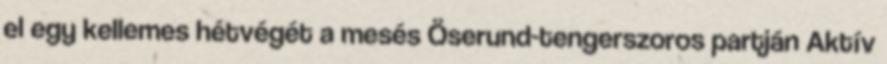
el egy kellemes hétvégét a mesés Öserund-tengerszoros partján Aktív